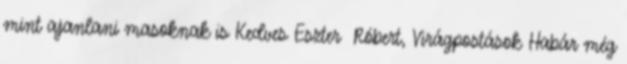
mint ajanlani masoknak is Kedves Eszter Róbert, Virágpostások Habár még